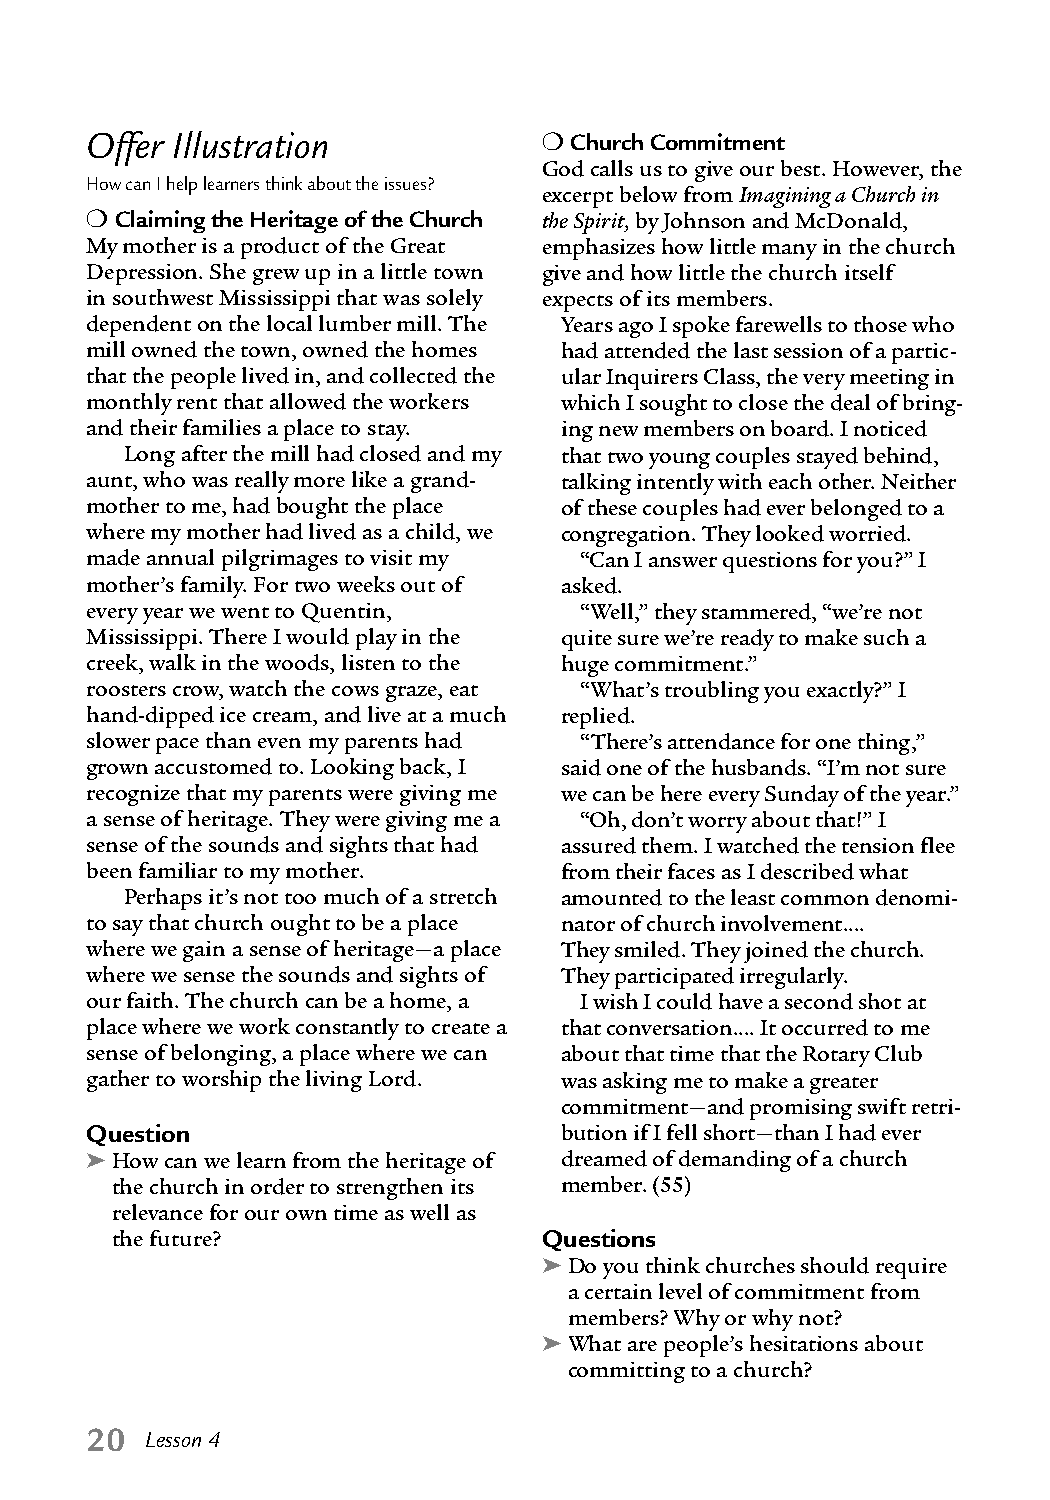
❍
 Offer Illustration              Church Commitment
 God calls us to give our best. However, the
 How can I help learners think about the issues?
 excerpt below from Imagining a Church in
 ❍
 Claiming the Heritage of the Church the Spirit, by Johnson and McDonald,
 My mother is a product of the Great emphasizes how little many in the church
 Depression. She grew up in a little town give and how little the church itself
 in southwest Mississippi that was solely expects of its members.
 dependent on the local lumber mill. The Years ago I spoke farewells to those who
 mill owned the town, owned the homes had attended the last session of a partic-
 that the people lived in, and collected the ular Inquirers Class, the very meeting in
 monthly rent that allowed the workers which I sought to close the deal of bring-
 and their families a place to stay. ing new members on board. I noticed
 Long after the mill had closed and my that two young couples stayed behind,
 aunt, who was really more like a grand- talking intently with each other. Neither
 mother to me, had bought the place of these couples had ever belonged to a
 where my mother had lived as a child, we congregation. They looked worried.
 made annual pilgrimages to visit my “Can I answer questions for you?” I
 mother’s family. For two weeks out of asked.
 every year we went to Quentin,  “Well,” they stammered, “we’re not
 Mississippi. There I would play in the quite sure we’re ready to make such a
 creek, walk in the woods, listen to the huge commitment.”
 roosters crow, watch the cows graze, eat “What’s troubling you exactly?” I
 hand-dipped ice cream, and live at a much replied.
 slower pace than even my parents had “There’s attendance for one thing,”
 grown accustomed to. Looking back, I said one of the husbands. “I’m not sure
 recognize that my parents were giving me we can be here every Sunday of the year.”
 a sense of heritage. They were giving me a “Oh, don’t worry about that!” I
 sense of the sounds and sights that had assured them. I watched the tension flee
 been familiar to my mother.    from their faces as I described what
 Perhaps it’s not too much of a stretch amounted to the least common denomi-
 to say that church ought to be a place nator of church involvement....
 where we gain a sense of heritage—a place They smiled. They joined the church.
 where we sense the sounds and sights of They participated irregularly.
 our faith. The church can be a home, a I wish I could have a second shot at
 place where we work constantly to create a that conversation.... It occurred to me
 sense of belonging, a place where we can about that time that the Rotary Club
 gather to worship the living Lord. was asking me to make a greater
 commitment—and promising swift retri-
 Question                       bution if I fell short—than I had ever
 ➤How can we learn from the heritage of dreamed of demanding of a church
 the church in order to strengthen its member. (55)
 relevance for our own time as well as
 the future?                  Questions
 ➤Do you think churches should require
 a certain level of commitment from
 members? Why or why not?
 ➤What are people’s hesitations about
 committing to a church?
 20  Lesson 4